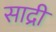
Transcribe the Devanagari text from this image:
साद्री